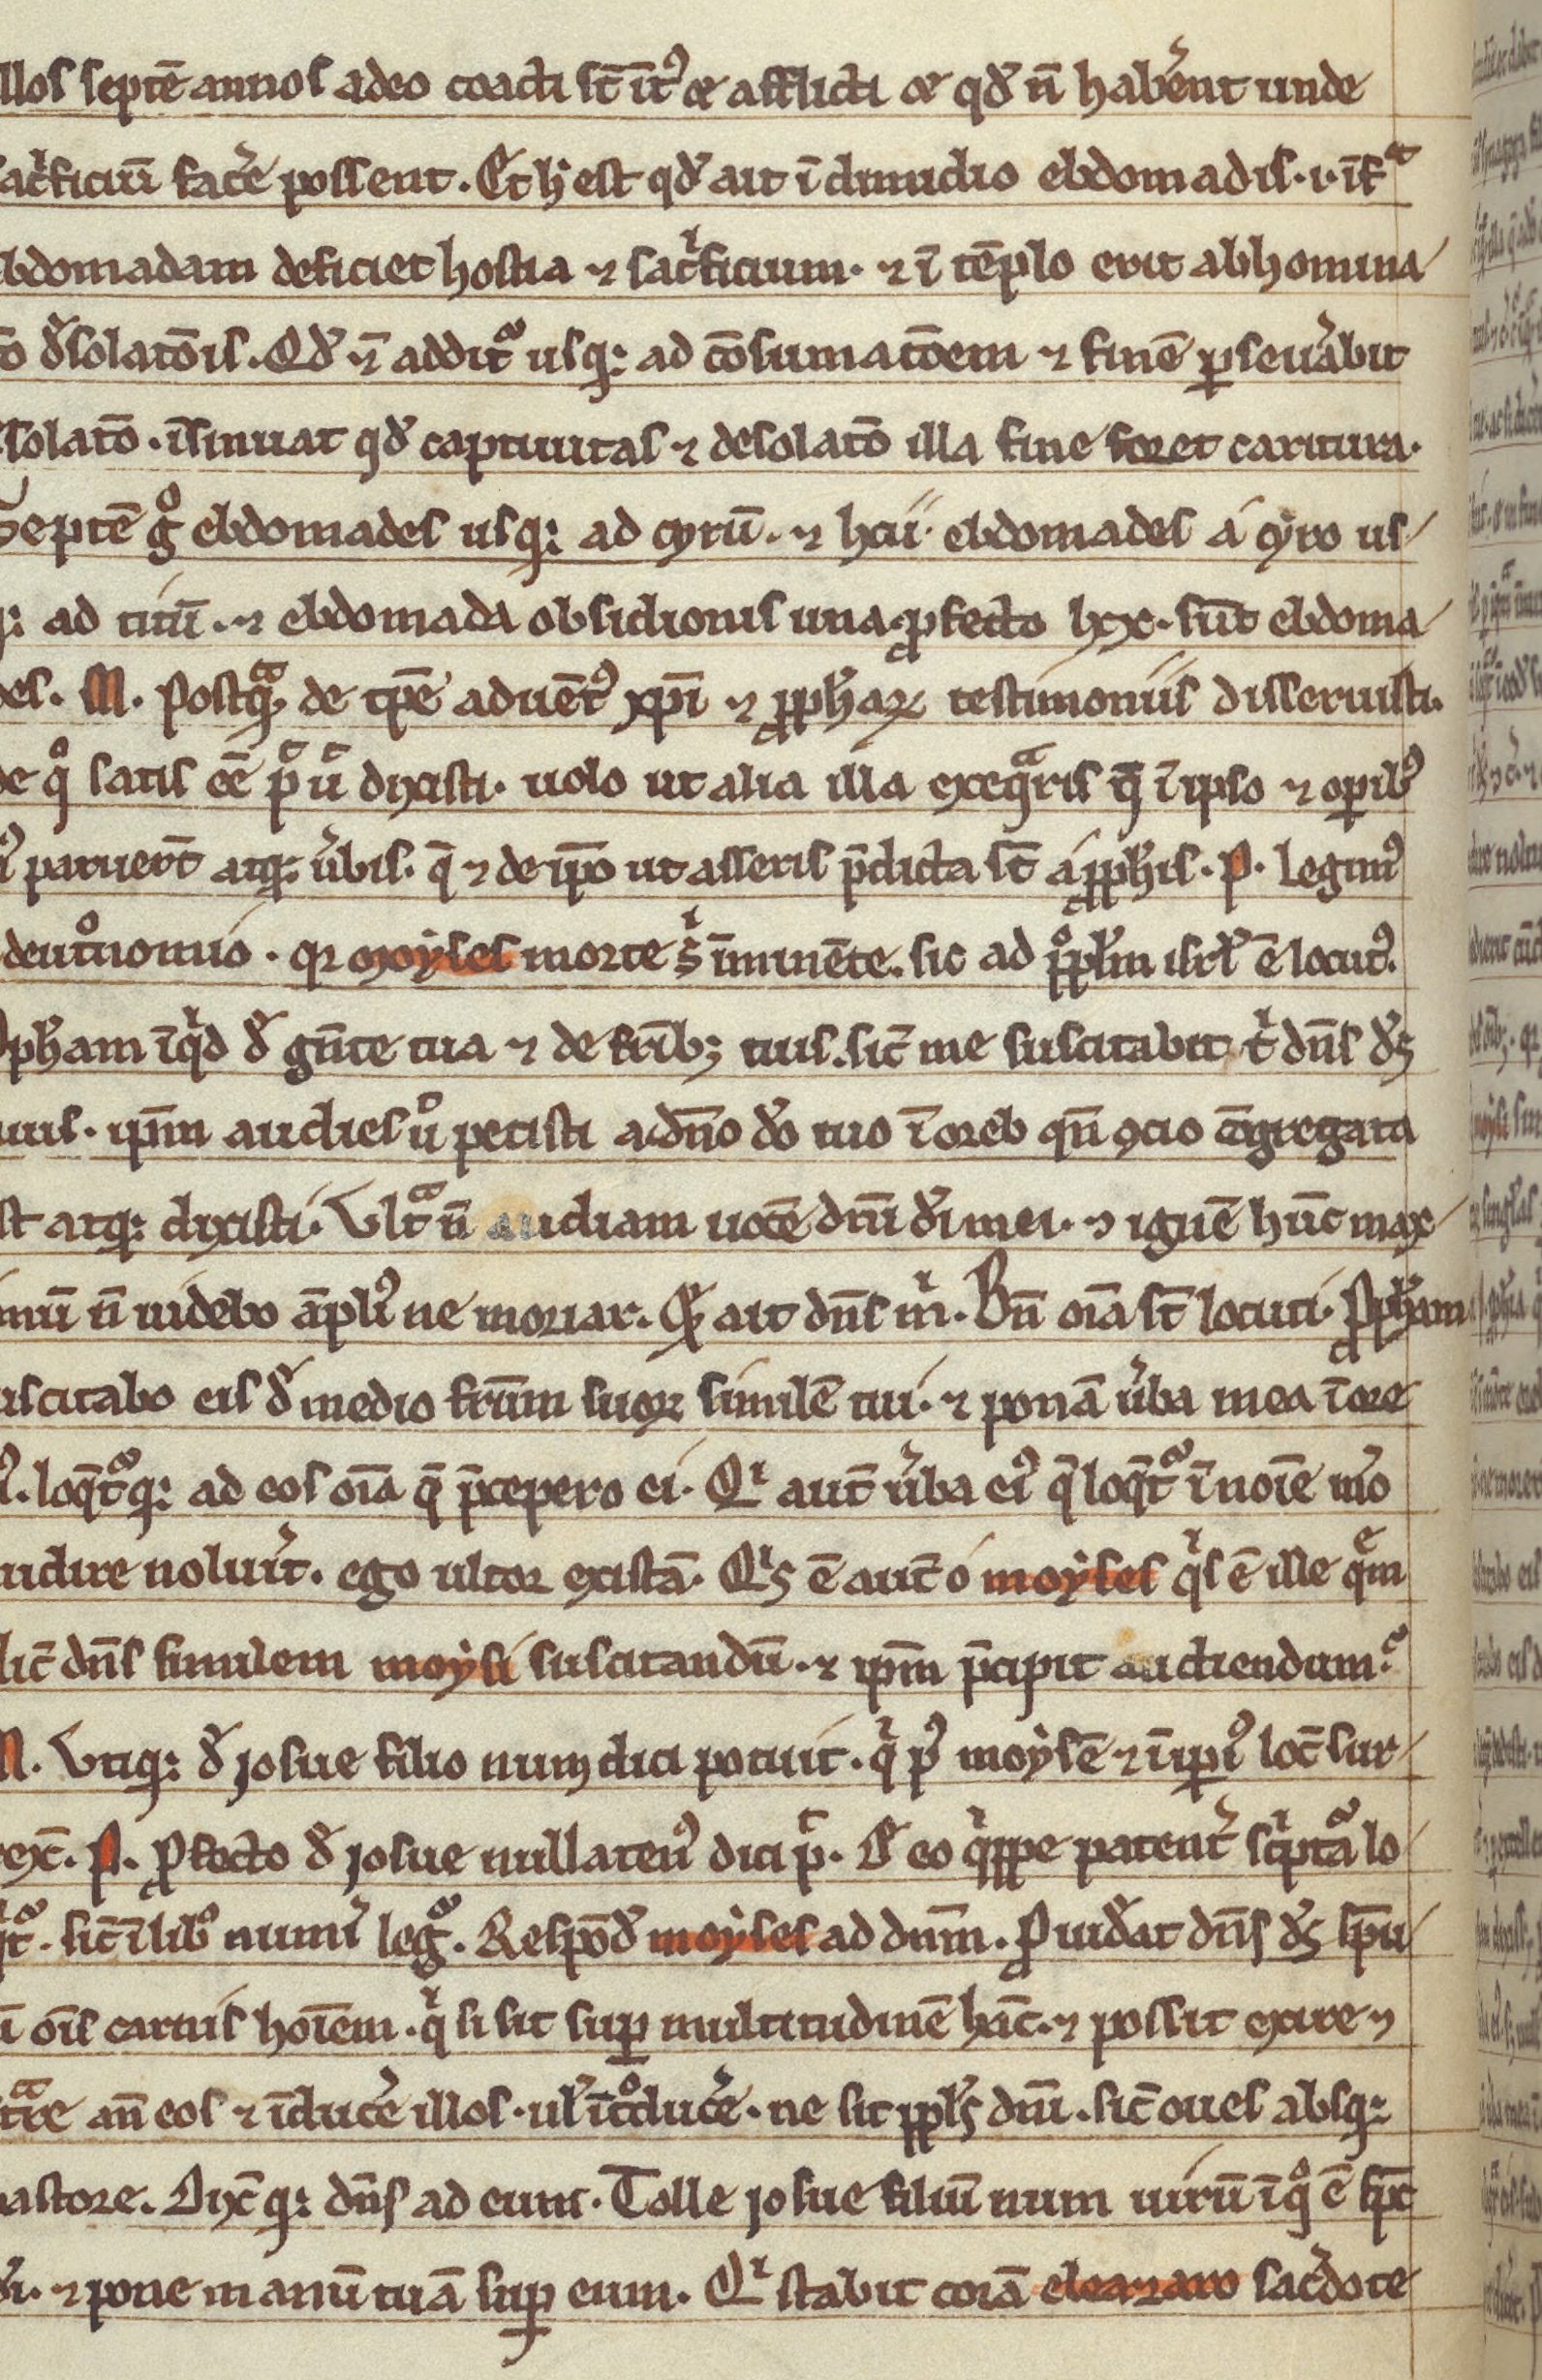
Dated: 1200–1299